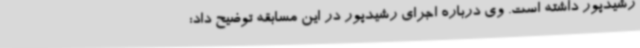
رشیدپور داشته است. وی درباره اجرای رشیدپور در این مسابقه توضیح داد: